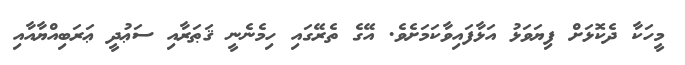
މީހަކާ ދެކޮޅަށް ފިޔަވަޅު އަޅާފައިވާކަމަށެވެ. އޭގެ ތެރޭގައި ހިމެނެނީ ޤަޠަރާއި ސަޢުދީ ޢަރަބިއްޔާއާއި